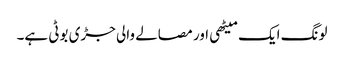
لونگ ایک میٹھی اور مصالے والی جڑی بوٹی ہے۔